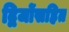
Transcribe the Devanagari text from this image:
द्विजोंसहित